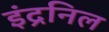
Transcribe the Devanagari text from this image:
इंद्रनिल